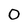
Character: 0